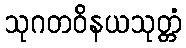
သုဂတဝိနယသုတ္တံ